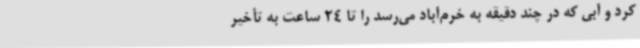
کرد و آبی که در چند دقیقه به خرم‌آباد می‌رسد را تا 24 ساعت به تأخیر